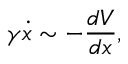
\gamma \dot { x } \sim - \frac { d V } { d x } ,